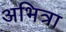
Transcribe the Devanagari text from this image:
अभित्रा